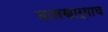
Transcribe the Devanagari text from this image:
घालणाऱ्याच